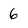
Character: 6